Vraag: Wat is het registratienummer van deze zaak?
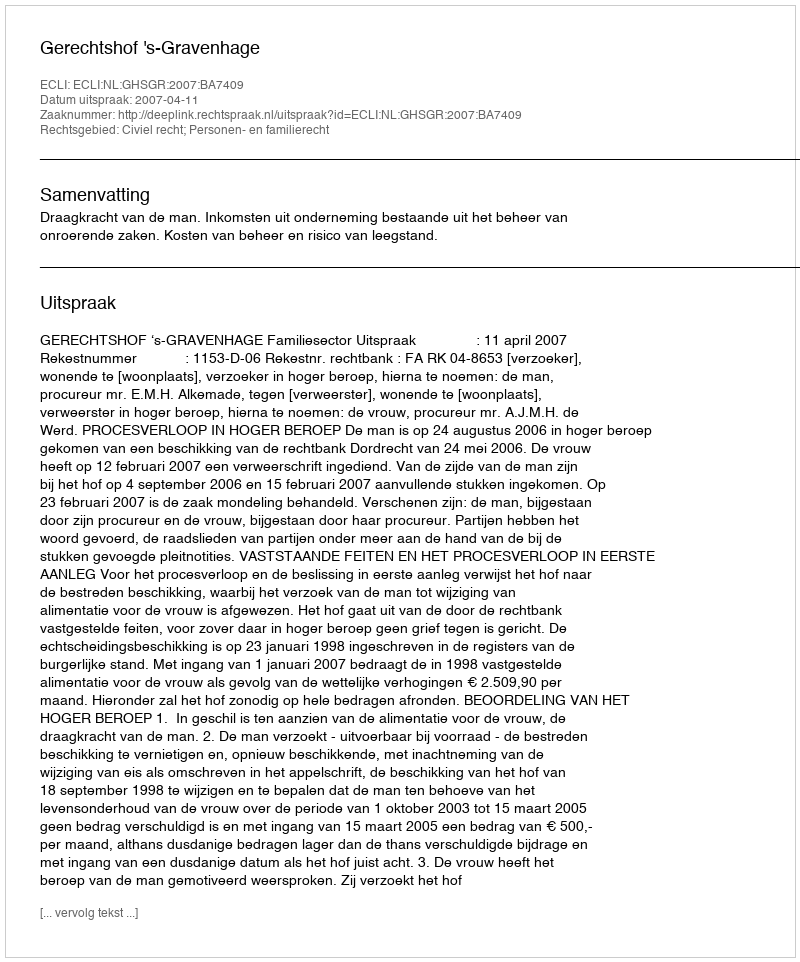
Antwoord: http://deeplink.rechtspraak.nl/uitspraak?id=ECLI:NL:GHSGR:2007:BA7409